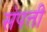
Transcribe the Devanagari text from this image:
स॓पत्ती